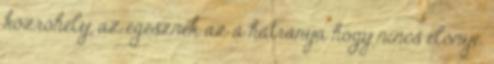
közröhely, az egésznek az a hátránya hogy nincs előnye.